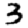
Digit: 3